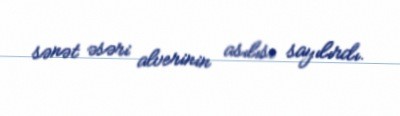
sənət əsəri alverinin asılısı sayılırdı.